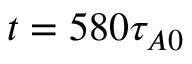
t = 5 8 0 \tau _ { A 0 }